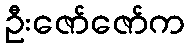
ဦးဇော်ဇော်က